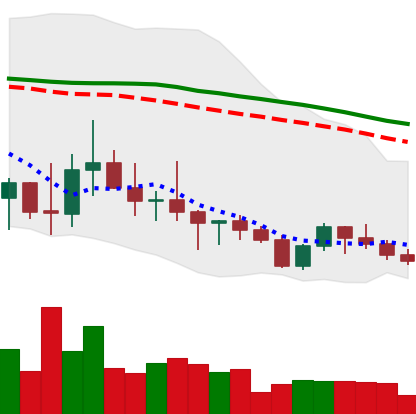
Ticker: ADA-USD
Chart end date: 2022-10-08
Forward return: -10.456%
Label: down_7plus